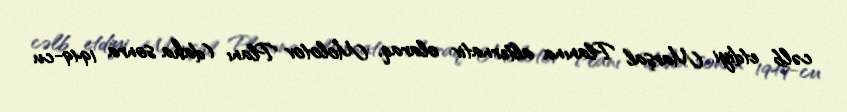
cəlb etdiyi Marşal Planına alternativ olaraq, Molotov Planı (daha sonra 1949-cu